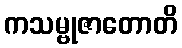
ကသမ္ဗုဇာတောတိ